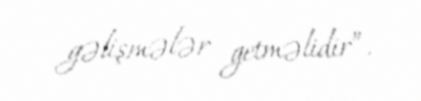
gəlişmələr getməlidir”.